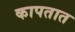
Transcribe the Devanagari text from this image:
कापतात